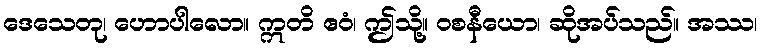
ဒေသေတု၊ ဟောပါလော။ ဣတိ ဧဝံ၊ ဤသို့။ ဝစနီယော၊ ဆိုအပ်သည်။ အဿ၊